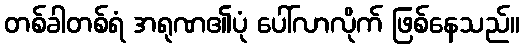
တစ်ခါတစ်ရံ အရုဏ၏ပုံ ပေါ်လာလိုက် ဖြစ်နေသည်။